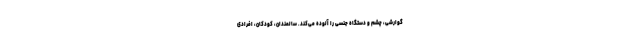
گوارشی، چشم و دستگاه جنسی را آلوده می‌کند. سالمندان، کودکان، افرادی